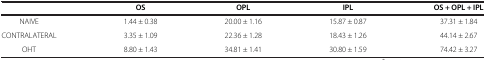
|  | OS | OPL | IPL | OS + OPL + IPL |
 | --- | --- | --- | --- | --- |
 | NAIVE | 1.44 ± 0.38 | 20.00 ± 1.16 | 15.87 ± 0.87 | 37.31 ± 1.84 |
 | CONTRALATERAL | 3.35 ± 1.09 | 22.36 ± 1.28 | 18.43 ± 1.26 | 44.14 ± 2.67 |
 | OHT | 8.80 ± 1.43 | 34.81 ± 1.41 | 30.80 ± 1.59 | 74.42 ± 3.27 |